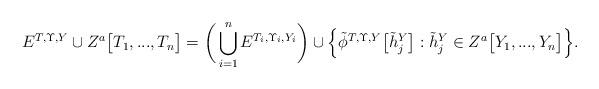
LaTeX: \begin{align*}E^{T, \Upsilon, Y} \cup Z^a\big[ T_1, ..., T_n \big]= \bigg( \bigcup_{i=1}^n E^{T_i, \Upsilon_i, Y_i} \bigg) \cup \Big\{ \tilde{\phi}^{T, \Upsilon, Y}\big[ \tilde{h}_j^{Y} \big] : \tilde{h}_j^{Y} \in Z^a\big[ Y_1, ..., Y_n \big] \Big\}. \end{align*}